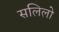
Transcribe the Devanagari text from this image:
सलिलो